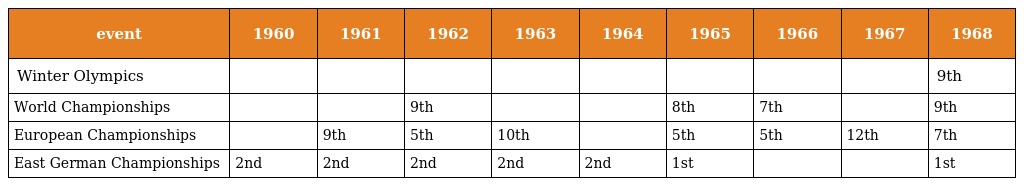
| event | 1960 | 1961 | 1962 | 1963 | 1964 | 1965 | 1966 | 1967 | 1968 |
 | --- | --- | --- | --- | --- | --- | --- | --- | --- | --- |
 | Winter Olympics |  |  |  |  |  |  |  |  | 9th |
 | World Championships |  |  | 9th |  |  | 8th | 7th |  | 9th |
 | European Championships |  | 9th | 5th | 10th |  | 5th | 5th | 12th | 7th |
 | East German Championships | 2nd | 2nd | 2nd | 2nd | 2nd | 1st |  |  | 1st |